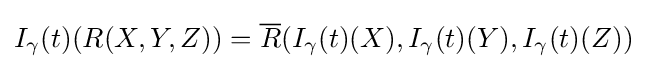
I_{\gamma }(t)(R(X,Y,Z))={\overline {R}}(I_{\gamma }(t)(X),I_{\gamma }(t)(Y),I_{\gamma }(t)(Z))